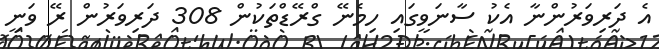
އެ ދަރިވަރުންނާ އެކު ސާނަވީގައި ހިމެނޭ ގްރޭޑްތަކުން 308 ދަރިވަރުން ރޭ ވަނީ